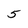
Character: 5